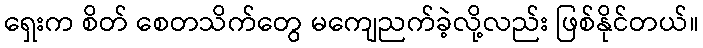
ရှေးက စိတ် စေတသိက်တွေ မကျေညက်ခဲ့လို့လည်း ဖြစ်နိုင်တယ်။